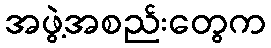
အဖွဲ့အစည်းတွေက